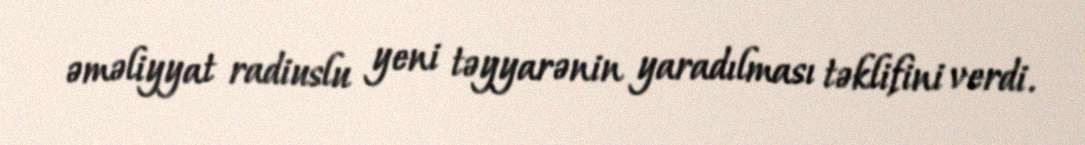
əməliyyat radiuslu yeni təyyarənin yaradılması təklifini verdi.